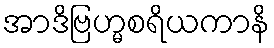
အာဒိဗြဟ္မစရိယကာနိ